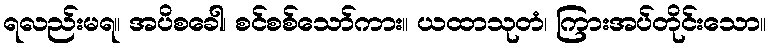
ရလည်းမရ။ အပိစခေါ၊ စင်စစ်သော်ကား။ ယထာသုတံ၊ ကြားအပ်တိုင်းသော။